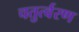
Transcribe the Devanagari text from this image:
चतुर्त्वरण